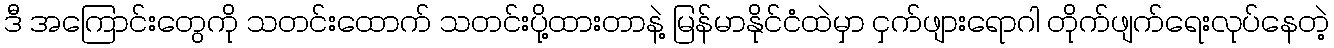
ဒီ အကြောင်းတွေကို သတင်းထောက် သတင်းပို့ထားတာနဲ့ မြန်မာနိုင်ငံထဲမှာ ငှက်ဖျားရောဂါ တိုက်ဖျက်ရေးလုပ်နေတဲ့